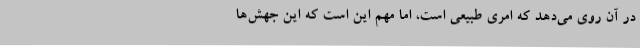
در آن روی می‌دهد که امری طبیعی است، اما مهم این است که این جهش‌ها